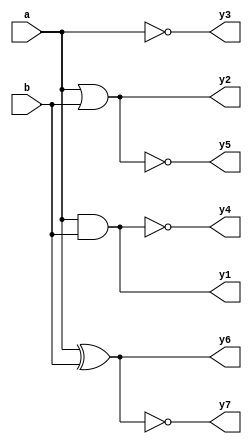
module logicgates (a,b,y1,y2,y3,y4,y5,y6,y7);
  input a,b;
  output y1, y2, y3, y4, y5, y6, y7;
//universal gates
  
  assign y1 = a & b;
  assign y2 = a | b; 
  assign y3 = ~ a;
  assign y4 = ~(a & b);
  assign y5 = ~(a | b);
  assign y6 = a ^ b;
  assign y7 = ~(a ^ b);
  
  endmodule